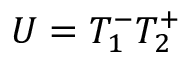
U = T _ { 1 } ^ { - } T _ { 2 } ^ { + }